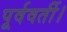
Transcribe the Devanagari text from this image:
पूर्ववर्ती।